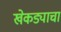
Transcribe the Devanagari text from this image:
खेकड्याचा